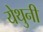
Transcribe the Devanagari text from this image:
येथुनी